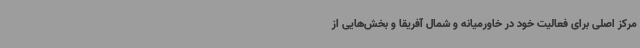
مرکز اصلی برای فعالیت خود در خاورمیانه و شمال آفریقا و بخش‌هایی از